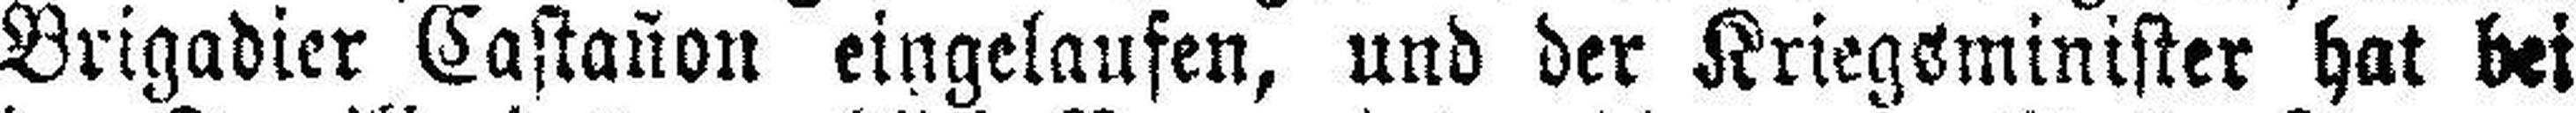
Brigadier Castañon eingelaufen, und der Kriegsminister hat bei